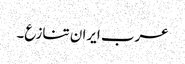
عرب ایران تنازع۔